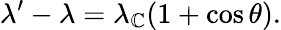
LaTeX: \lambda^{\prime}-\lambda=\lambda_{\mathbb{C}}(1+\cos{\theta}).